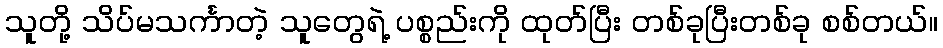
သူတို့ သိပ်မသင်္ကာတဲ့ သူတွေရဲ့ ပစ္စည်းကို ထုတ်ပြီး တစ်ခုပြီးတစ်ခု စစ်တယ်။